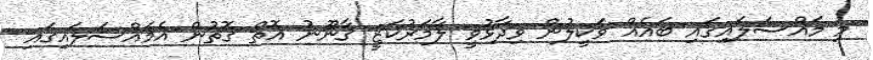
މި މައްސަލައިގައި ބައެއް ވަކީލުން ވިދާޅުވީ ލާމަރުކަޒީ ޤާނޫނު އޮތް ގޮތުން އެމައްސަލައިގައި